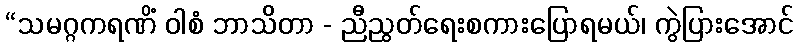
“သမဂ္ဂကရဏိံ ဝါစံ ဘာသိတာ - ညီညွတ်ရေးစကားပြောရမယ်၊ ကွဲပြားအောင်